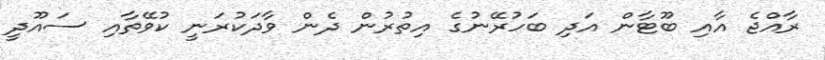
ރާއްޖެ އާއި ބޫޓާން އަދި ބަހުރޭނުގެ އިތުރުން ދެން ވާދަކުރަނީ ކުވޭތާއި ސައޫދީ